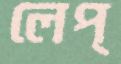
লেপ্‌